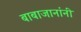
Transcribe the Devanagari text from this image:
बाबाजानांनी